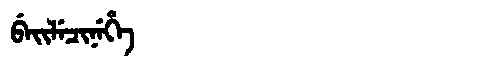
Manchu: ᠪᡝᡳᠯᡝᠴᡳᠨᡝᡥᡝ
Romanization: BEILECINEHE